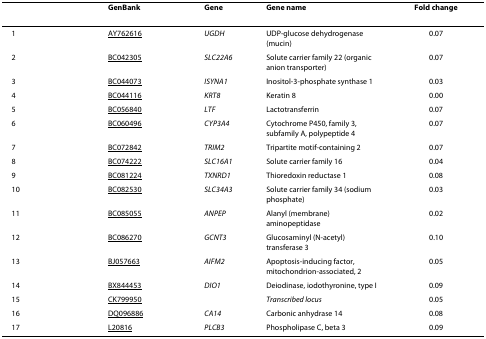
|  | GenBank | Gene | Gene name | Fold change |
 | --- | --- | --- | --- | --- |
 | 1 | AY762616 | UGDH | UDP-glucose dehydrogenase (mucin) | 0.07 |
 | 2 | BC042305 | SLC22A6 | Solute carrier family 22 (organic anion transporter) | 0.07 |
 | 3 | BC044073 | ISYNA1 | Inositol-3-phosphate synthase 1 | 0.03 |
 | 4 | BC044116 | KRT8 | Keratin 8 | 0.00 |
 | 5 | BC056840 | LTF | Lactotransferrin | 0.07 |
 | 6 | BC060496 | CYP3A4 | Cytochrome P450, family 3, subfamily A, polypeptide 4 | 0.07 |
 | 7 | BC072842 | TRIM2 | Tripartite motif-containing 2 | 0.07 |
 | 8 | BC074222 | SLC16A1 | Solute carrier family 16 | 0.04 |
 | 9 | BC081224 | TXNRD1 | Thioredoxin reductase 1 | 0.08 |
 | 10 | BC082530 | SLC34A3 | Solute carrier family 34 (sodium phosphate) | 0.03 |
 | 11 | BC085055 | ANPEP | Alanyl (membrane) aminopeptidase | 0.02 |
 | 12 | BC086270 | GCNT3 | Glucosaminyl (N-acetyl) transferase 3 | 0.10 |
 | 13 | BJ057663 | AIFM2 | Apoptosis-inducing factor, mitochondrion-associated, 2 | 0.05 |
 | 14 | BX844453 | DIO1 | Deiodinase, iodothyronine, type I | 0.09 |
 | 15 | CK799950 |  | Transcribed locus | 0.05 |
 | 16 | DQ096886 | CA14 | Carbonic anhydrase 14 | 0.08 |
 | 17 | L20816 | PLCB3 | Phospholipase C, beta 3 | 0.09 |